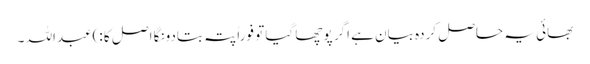
بھائی یہ حاصل کردہ بیان ہے اگر پوچھا گیا تو فوراً پتہ بتادونگا اصل کا :)عبداللہ ۔